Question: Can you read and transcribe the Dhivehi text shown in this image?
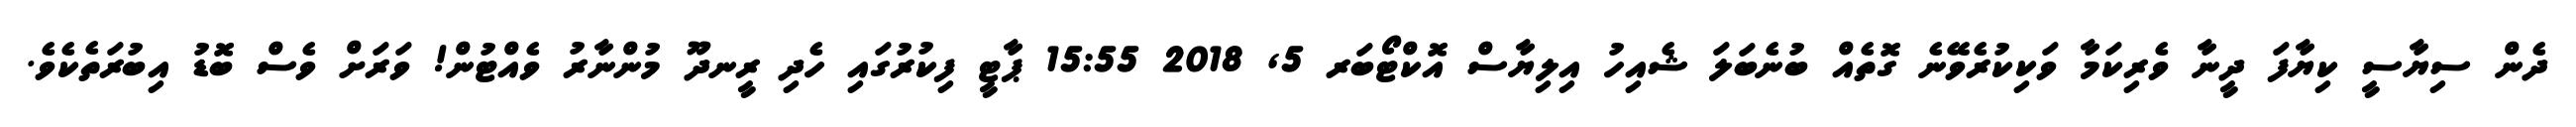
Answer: ދެން ސިޔާސީ ކިޔާފަ ދީނާ ވެރިކަމާ ވަކިކުރެވޭނެ ގޮތެއް ބުނެބަލަ ޝެއިހު އިލިޔާސް އޮކްޓޯބަރ 5, 2018 15:55 ޕާޓީ ފިކުރުގައި ހެދި ރީނދޫ މުންނާރު ވެއްޓުން! ވަރަށް ވެސް ބޮޑު އިބުރަތެކެވެ.